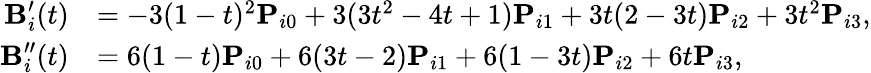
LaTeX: \begin{array}{rl}{\textbf{B}_{i}^{\prime}(t)}&{=-3(1-t)^{2}\textbf{P}_{i0}+3(3t^{2}-4t+1)\textbf{P}_{i1}+3t(2-3t)\textbf{P}_{i2}+3t^{2}\textbf{P}_{i3},}\\ {\textbf{B}_{i}^{\prime\prime}(t)}&{=6(1-t)\textbf{P}_{i0}+6(3t-2)\textbf{P}_{i1}+6(1-3t)\textbf{P}_{i2}+6t\textbf{P}_{i3},}\end{array}